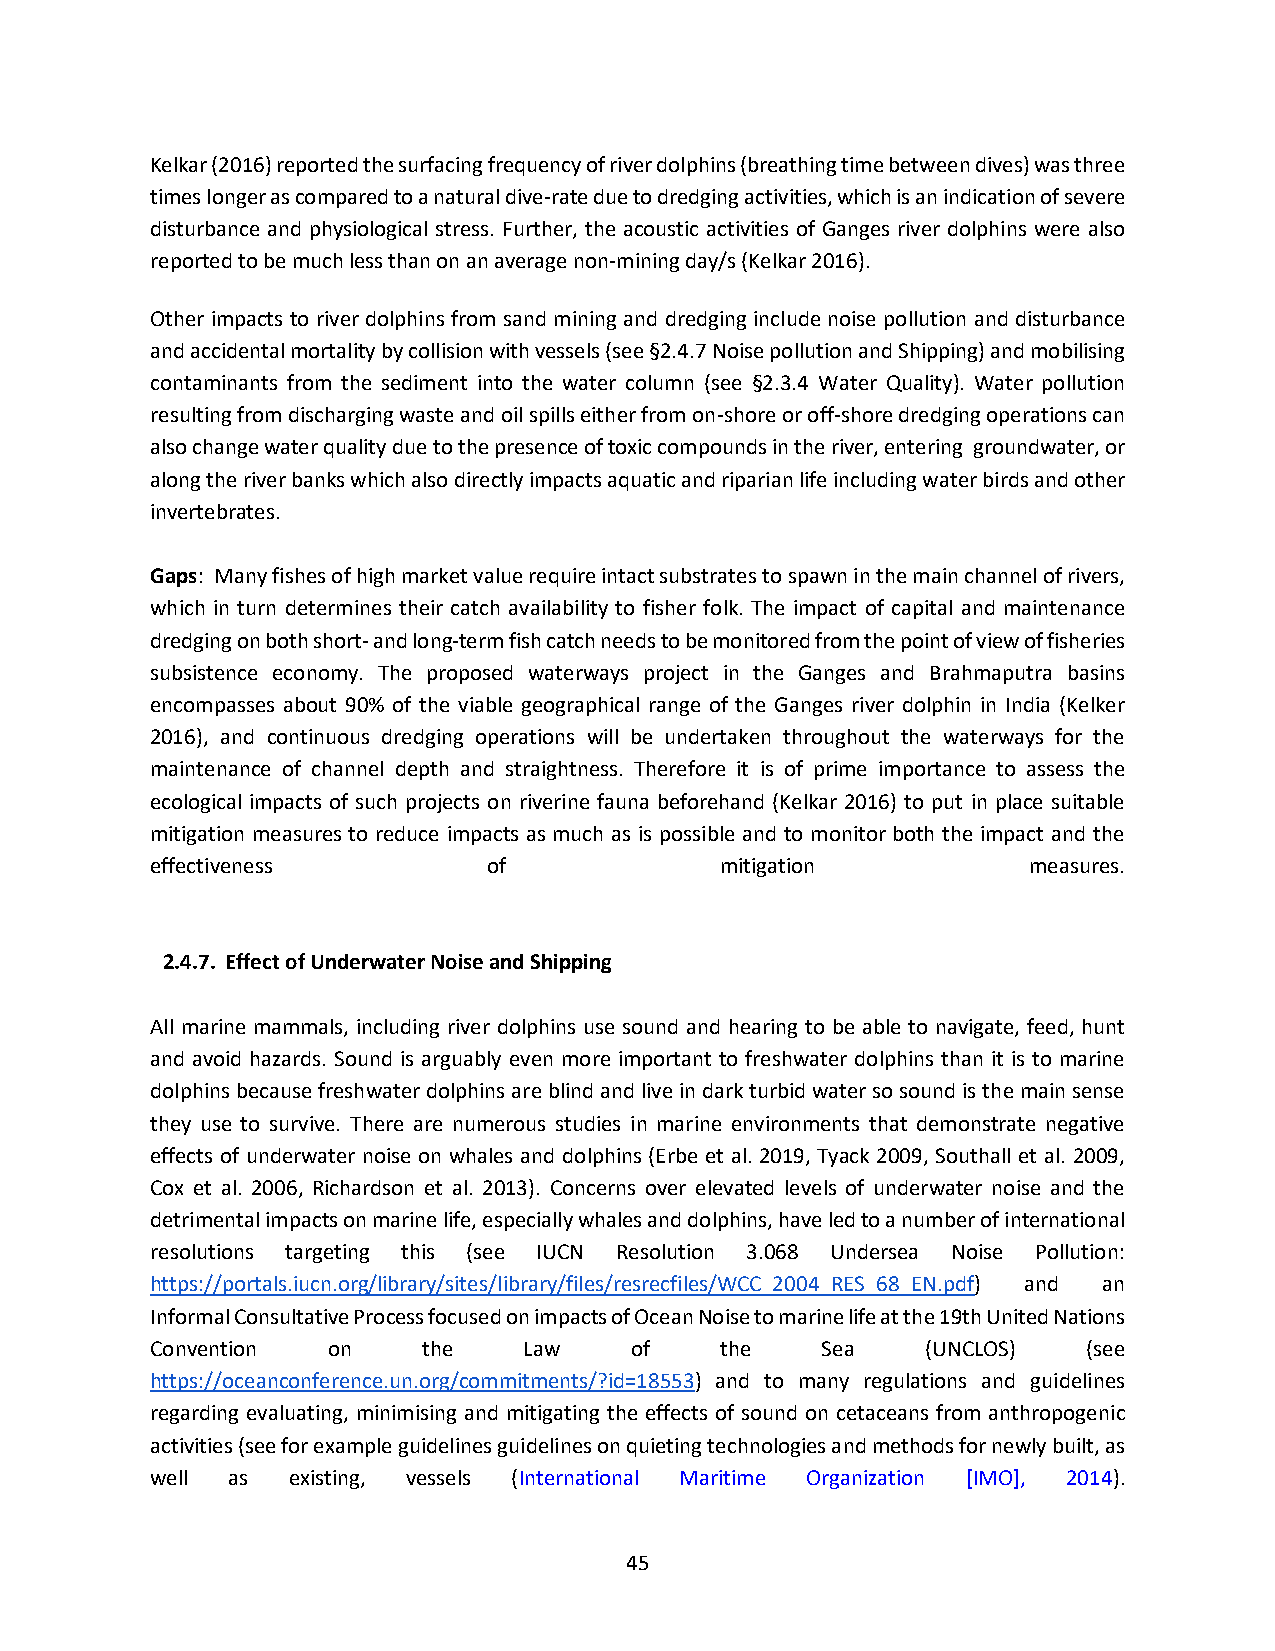
Kelkar (2016) reported the surfacing frequency of river dolphins (breathing time between dives) was three
 times longer as compared to a natural dive-rate due to dredging activities, which is an indication of severe
 disturbance and physiological stress. Further, the acoustic activities of Ganges river dolphins were also
 reported to be much less than on an average non-mining day/s (Kelkar 2016).
 Other impacts to river dolphins from sand mining and dredging include noise pollution and disturbance
 and accidental mortality by collision with vessels (see §2.4.7 Noise pollution and Shipping) and mobilising
 contaminants from the sediment into the water column (see §2.3.4 Water Quality). Water pollution
 resulting from discharging waste and oil spills either from on-shore or off-shore dredging operations can
 also change water quality due to the presence of toxic compounds in the river, entering groundwater, or
 along the river banks which also directly impacts aquatic and riparian life including water birds and other
 invertebrates.
 Gaps: Many fishes of high market value require intact substrates to spawn in the main channel of rivers,
 which in turn determines their catch availability to fisher folk. The impact of capital and maintenance
 dredging on both short- and long-term fish catch needs to be monitored from the point of view of fisheries
 subsistence economy. The proposed waterways project in the Ganges and Brahmaputra basins
 encompasses about 90% of the viable geographical range of the Ganges river dolphin in India (Kelker
 2016), and continuous dredging operations will be undertaken throughout the waterways for the
 maintenance of channel depth and straightness. Therefore it is of prime importance to assess the
 ecological impacts of such projects on riverine fauna beforehand (Kelkar 2016) to put in place suitable
 mitigation measures to reduce impacts as much as is possible and to monitor both the impact and the
 effectiveness         of              mitigation          measures.
 2.4.7. Effect of Underwater Noise and Shipping
 All marine mammals, including river dolphins use sound and hearing to be able to navigate, feed, hunt
 and avoid hazards. Sound is arguably even more important to freshwater dolphins than it is to marine
 dolphins because freshwater dolphins are blind and live in dark turbid water so sound is the main sense
 they use to survive. There are numerous studies in marine environments that demonstrate negative
 effects of underwater noise on whales and dolphins (Erbe et al. 2019, Tyack 2009, Southall et al. 2009,
 Cox et al. 2006, Richardson et al. 2013). Concerns over elevated levels of underwater noise and the
 detrimental impacts on marine life, especially whales and dolphins, have led to a number of international
 resolutions targeting this (see IUCN Resolution 3.068 Undersea Noise Pollution:
 https://portals.iucn.org/library/sites/library/files/resrecfiles/WCC_2004_RES_68_EN.pdf) and an
 Informal Consultative Process focused on impacts of Ocean Noise to marine life at the 19th United Nations
 Convention  on    the    Law    of    the   Sea    (UNCLOS)   (see
 https://oceanconference.un.org/commitments/?id=18553) and to many regulations and guidelines
 regarding evaluating, minimising and mitigating the effects of sound on cetaceans from anthropogenic
 activities (see for example guidelines guidelines on quieting technologies and methods for newly built, as
 well as  existing, vessels (International Maritime Organization [IMO], 2014).
 45